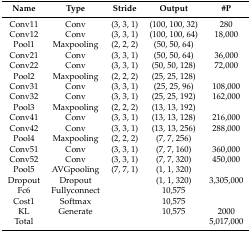
<table><thead><tr><td><b>Name</b></td><td><b>Type</b></td><td><b>Stride</b></td><td><b>Output</b></td><td><b>#P</b></td></tr></thead><tbody><tr><td>Conv11</td><td>Conv</td><td>(3, 3, 1)</td><td>(100, 100, 32)</td><td>280</td></tr><tr><td>Conv12</td><td>Conv</td><td>(3, 3, 1)</td><td>(100, 100, 64)</td><td>18,000</td></tr><tr><td>Pool1</td><td>Maxpooling</td><td>(2, 2, 2)</td><td>(50, 50, 64)</td><td></td></tr><tr><td>Conv21</td><td>Conv</td><td>(3, 3, 1)</td><td>(50, 50, 64)</td><td>36,000</td></tr><tr><td>Conv22</td><td>Conv</td><td>(3, 3, 1)</td><td>(50, 50, 128)</td><td>72,000</td></tr><tr><td>Pool2</td><td>Maxpooling</td><td>(2, 2, 2)</td><td>(25, 25, 128)</td><td></td></tr><tr><td>Conv31</td><td>Conv</td><td>(3, 3, 1)</td><td>(25, 25, 96)</td><td>108,000</td></tr><tr><td>Conv32</td><td>Conv</td><td>(3, 3, 1)</td><td>(25, 25, 192)</td><td>162,000</td></tr><tr><td>Pool3</td><td>Maxpooling</td><td>(2, 2, 2)</td><td>(13, 13, 192)</td><td></td></tr><tr><td>Conv41</td><td>Conv</td><td>(3, 3, 1)</td><td>(13, 13, 128)</td><td>216,000</td></tr><tr><td>Conv42</td><td>Conv</td><td>(3, 3, 1)</td><td>(13, 13, 256)</td><td>288,000</td></tr><tr><td>Pool4</td><td>Maxpooling</td><td>(2, 2, 2)</td><td>(7, 7, 256)</td><td></td></tr><tr><td>Conv51</td><td>Conv</td><td>(3, 3, 1)</td><td>(7, 7, 160)</td><td>360,000</td></tr><tr><td>Conv52</td><td>Conv</td><td>(3, 3, 1)</td><td>(7, 7, 320)</td><td>450,000</td></tr><tr><td>Pool5</td><td>AVGpooling</td><td>(7, 7, 1)</td><td>(1, 1, 320)</td><td></td></tr><tr><td>Dropout</td><td>Dropout</td><td></td><td>(1, 1, 320)</td><td>3,305,000</td></tr><tr><td>Fc6</td><td>Fullyconnect</td><td></td><td>10,575</td><td></td></tr><tr><td>Cost1</td><td>Softmax</td><td></td><td>10,575</td><td></td></tr><tr><td>KL</td><td>Generate</td><td></td><td>10,575</td><td>2000</td></tr><tr><td>Total</td><td></td><td></td><td></td><td>5,017,000</td></tr></tbody></table>